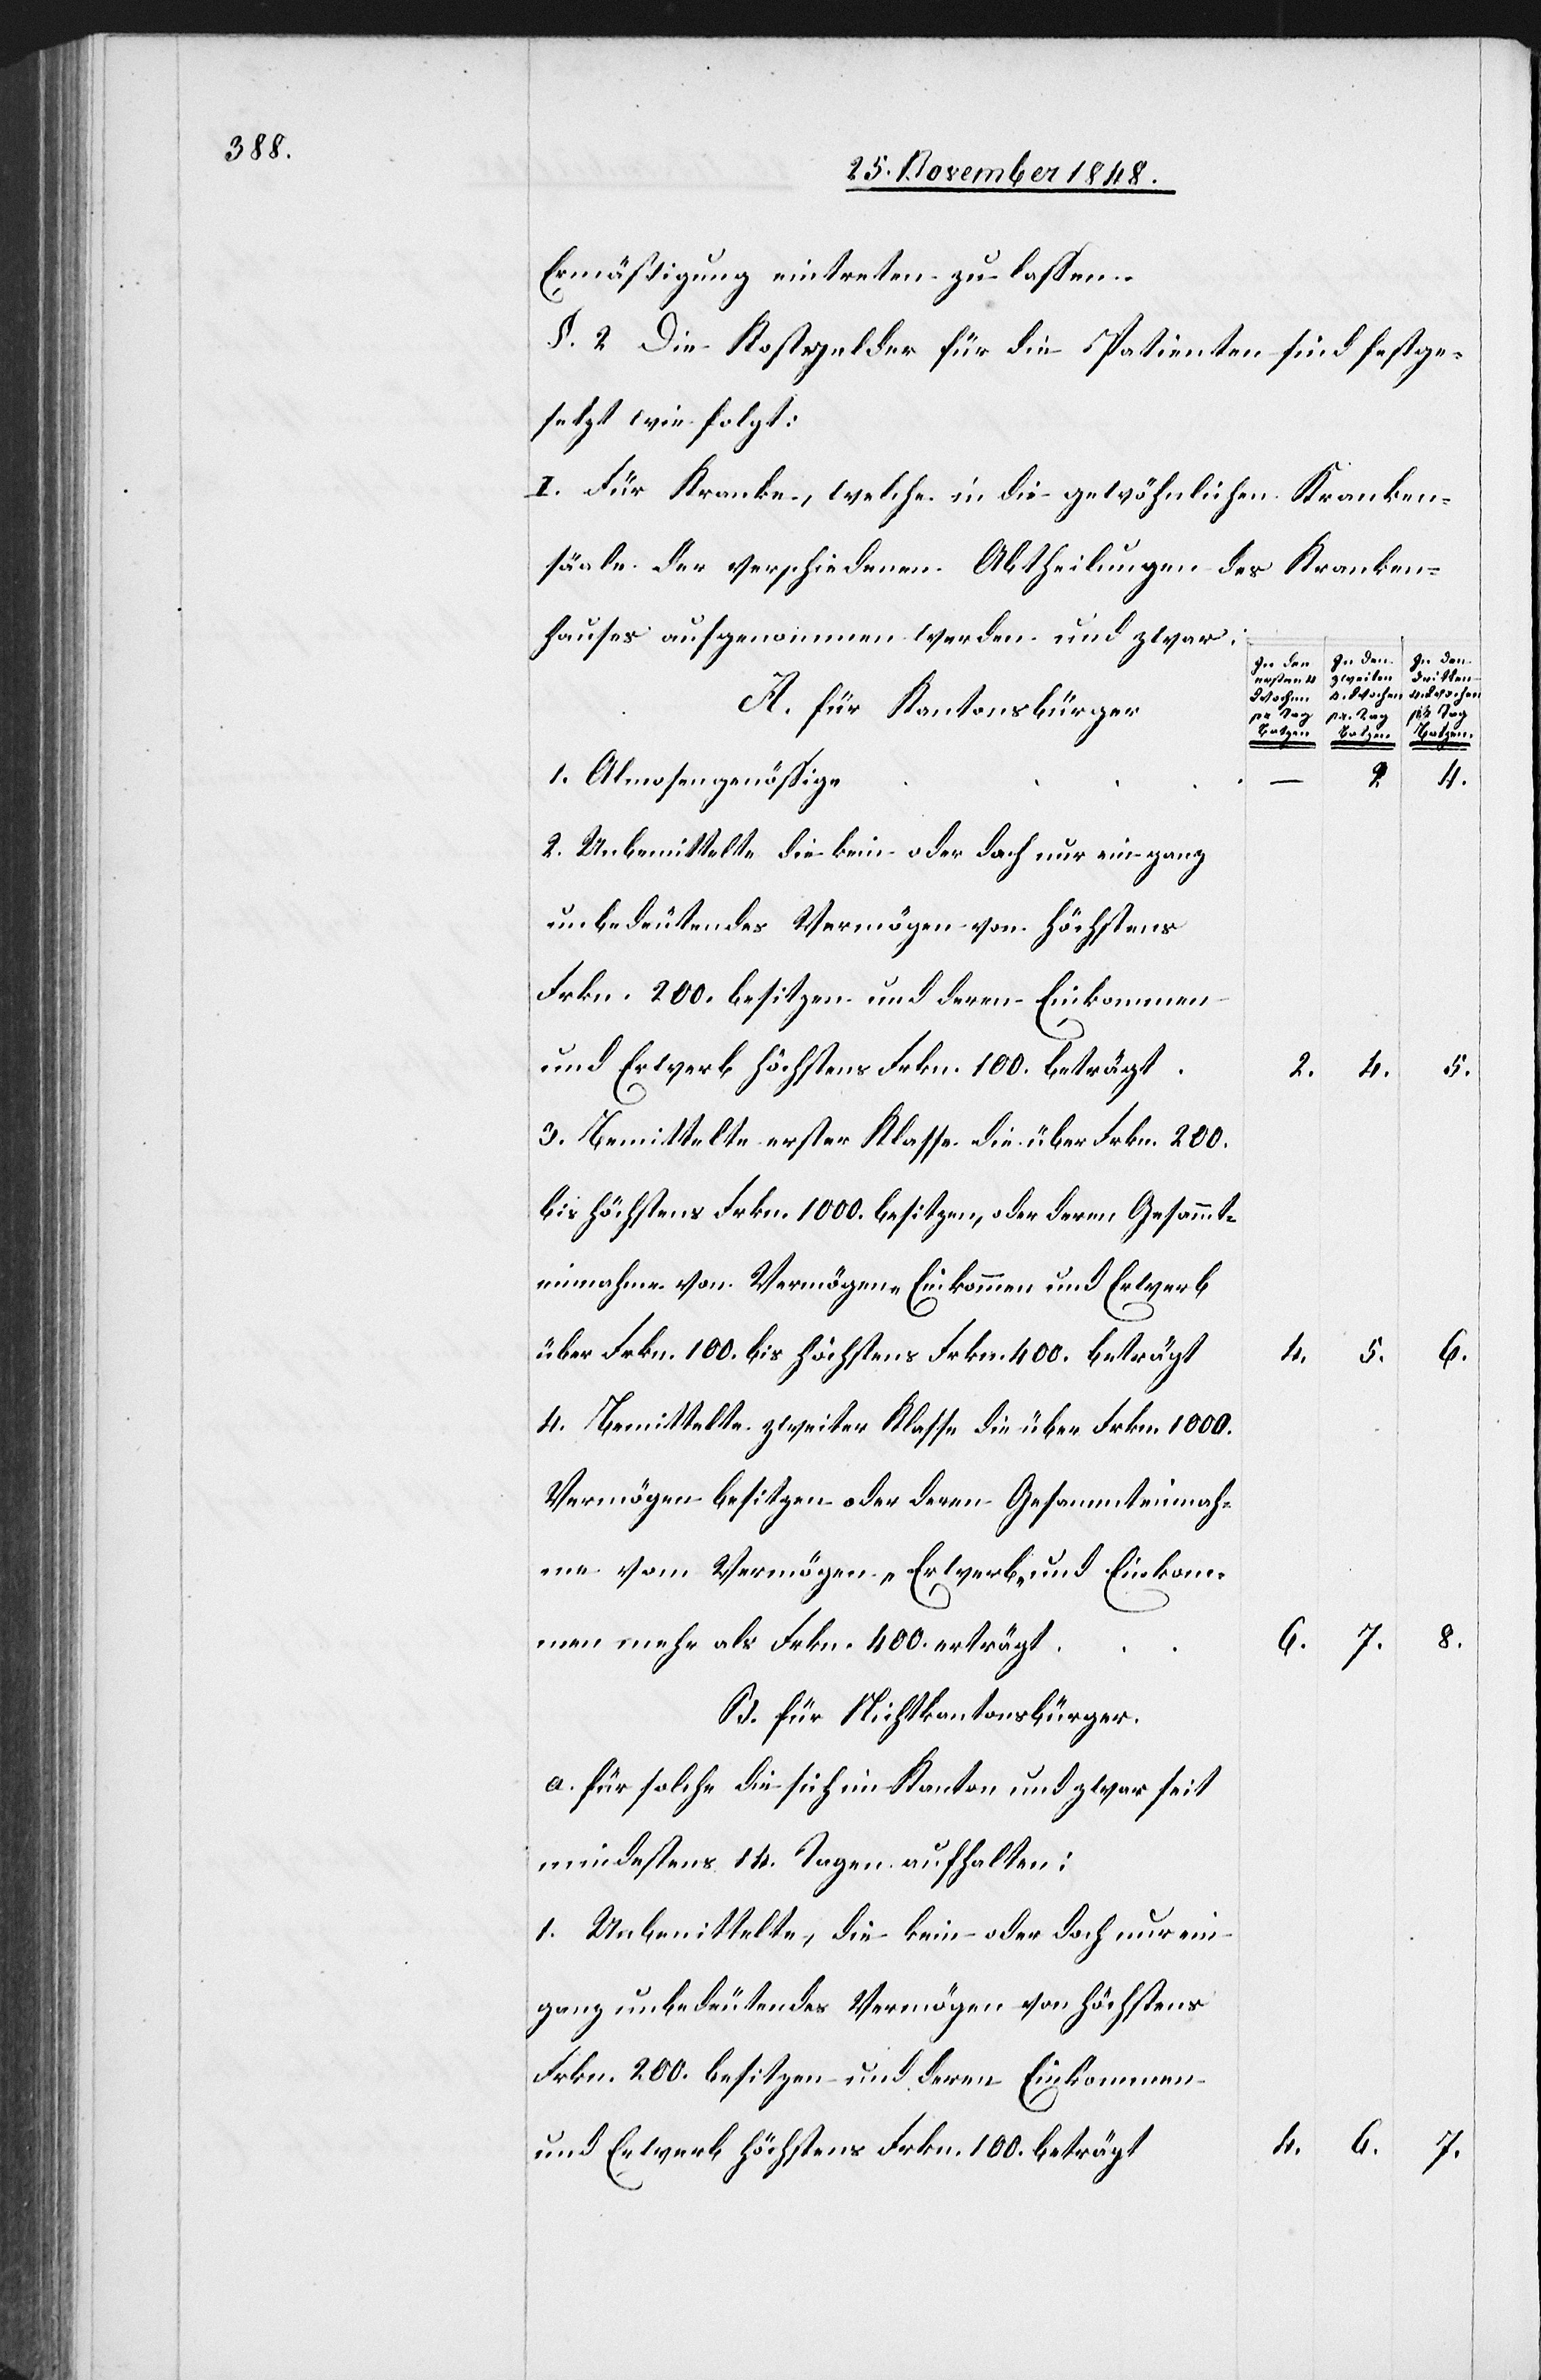
§. 2 Die Kostgelder für die Patienten sind festge¬
setzt wie folgt:
I. Für Kranke, welche in die gewöhnlichen Kranken¬
[sic!] der verschiedenen Abtheilungen des Kranken¬
hauses aufgenommen werden und zwar:
In den
zweiten
dritten
ersten 4
4. Wochen
Wochen
A. für Kantonsbürger
a.
pr Tag
ten zu
Batzen.
Almosengenössige
2.
4.
Unbemittelte die kein oder doch nur ein ganz
unbedeutendes Vermögen von höchstens
Frkn. 200. besitzen und deren Einkommen
Bemittelte erster Klasse die über Frkn. 200.
bis höchstens Frkn. 1000. besitzen, oder deren Gesammt¬
einnahme von Vermögen, Einkommen und Erwerb
über Frkn. 100. bis höchstens Frkn. 400. beträgt
Bemittelte zweiter Klasse die über Frkn. 1000.
Vermögen besitzen oder deren Gesammteinnah¬
me vom Vermögen, Erwerb und Einkom¬
7.
men mehr als Frkn. 4000. erträgt
6.
B. für Nichtkantonsbürger.
für solche die sich im Kanton und zwar seit
mindestens 14. Tagen aufhalten:
und Erwerb höchstens Frkn. 100. beträgt

6.

7.

8.

4.

5.